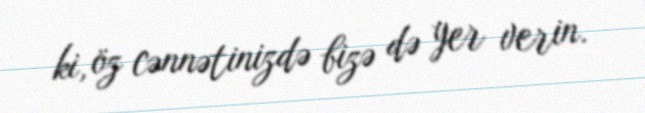
ki, öz cənnətinizdə bizə də yer verin.